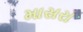
માસરા